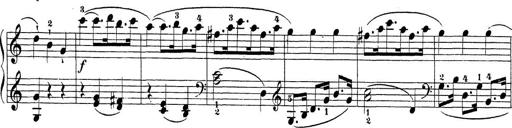
Title: Sonatina Album
Composer: Louis KÃ¶hler